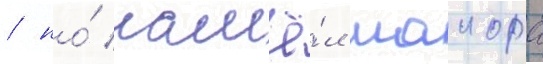
/ но́ нашё́л маиора